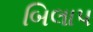
બિલાપ